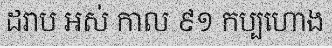
ដរាប អស់ កាល ៩១ កប្បហោង